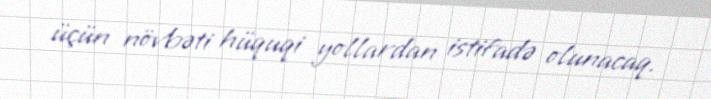
üçün növbəti hüquqi yollardan istifadə olunacaq.